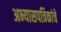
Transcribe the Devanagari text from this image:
अभ्यासपत्रिकांचे